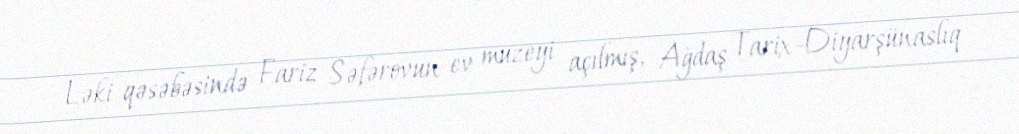
Ləki qəsəbəsində Fariz Səfərovun ev muzeyi açılmış, Ağdaş Tarix-Diyarşünaslıq